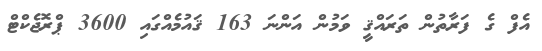
އެފް ގެ ފަރާތުން ތަރައްޤީ ވަމުން އަންނަ 163 ޤައުމެއްގައި 3600 ޕްރޮޖެކްޓް